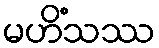
မဟိံသဿ